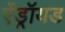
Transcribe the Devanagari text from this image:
ऐंड्रॉयड